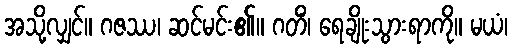
အသို့လျှင်။ ဂဇဿ၊ ဆင်မင်း၏။ ဂတိံ၊ ရေချိုးသွားရာကို။ မယံ၊